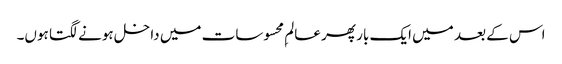
اس کے بعد میں ایک بار پھر عالمِ محسوسات میں داخل ہونے لگتا ہوں۔